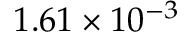
1 . 6 1 \times 1 0 ^ { - 3 }